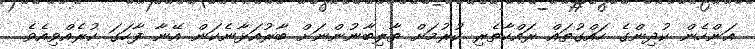
އަންހެން ކުދިންގެ ހައްގުތައް ރައްކާތެރި ކުރުމަށް ތާލިބާނުންނަށް ބާރުއަޅާނެކަން އޭނާ ފާހަގަ ކުރެއްވިއެވެ.